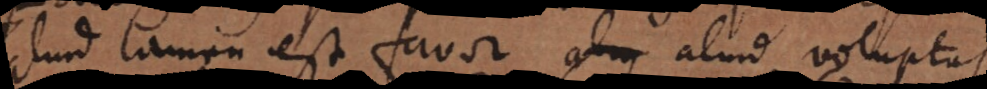
aliud tamen est favor, aliud voluptas